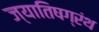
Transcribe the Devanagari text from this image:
ज्यातिषग्रंथ